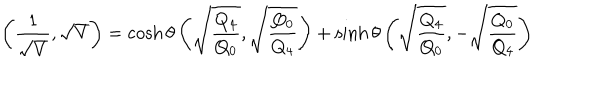
\left( { \frac { 1 } { \sqrt { V } } } , \sqrt { V } \right) = \cosh \theta \left( \sqrt { \frac { Q _ { 4 } } { Q _ { 0 } } } , \sqrt { \frac { Q _ { 0 } } { Q _ { 4 } } } \right) + \sinh \theta \left( \sqrt { \frac { Q _ { 4 } } { Q _ { 0 } } } , - \sqrt { \frac { Q _ { 0 } } { Q _ { 4 } } } \right)